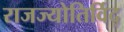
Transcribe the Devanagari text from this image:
राजज्योतिर्विद्